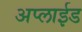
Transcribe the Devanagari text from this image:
अप्‍लाईड